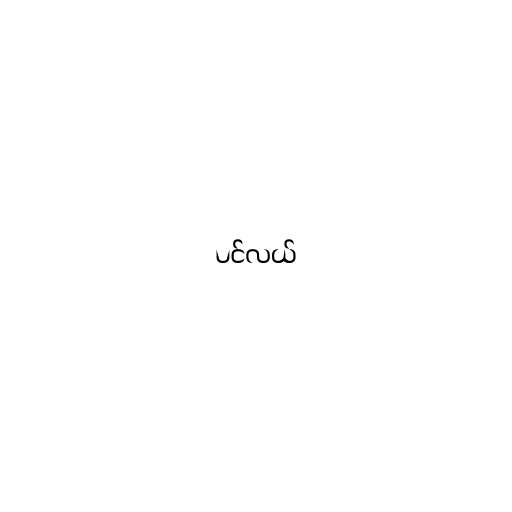
ပင်လယ်